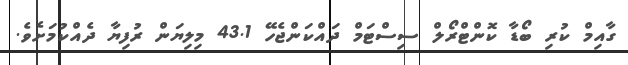
ގާއިމް ކުރި ބޯޑާ ކޮންޓްރޯލް ސިސްޓަމް ދައްކަންޖެހޭ 43.1 މިލިޔަން ރުފިޔާ ދެއްކުމަށެވެ.